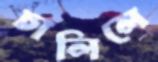
চালিলে